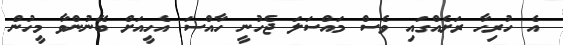
އެ ހުރިހާ ރަށެއްގައި ވެސް މައްސަލަ ޖެހުނީ ހާއްސަ އެހީއަށް ބޭނުންވާ މީހުން